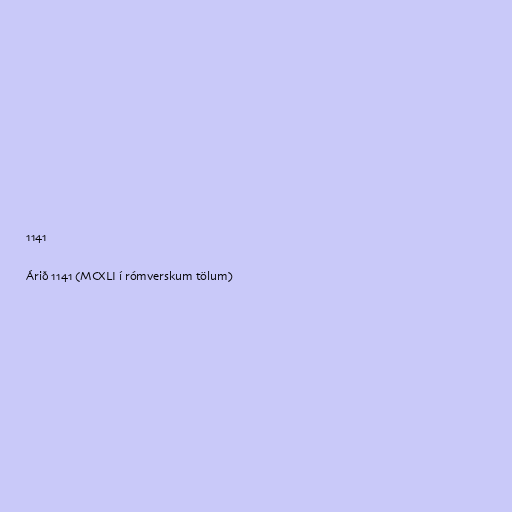
1141

Árið 1141 (MCXLI í rómverskum tölum)